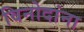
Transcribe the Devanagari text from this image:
विनोदांना